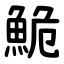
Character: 鮠